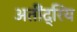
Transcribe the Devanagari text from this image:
अतीेंद्रिय